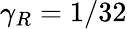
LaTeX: \gamma_{R}=1/32